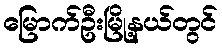
မြောက်ဦးမြို့နယ်တွင်